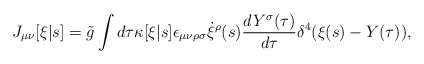
\begin{align*}J_{\mu\nu}[\xi|s] = \tilde{g}\int d\tau\kappa[\xi|s] \epsilon_{\mu\nu\rho\sigma} \dot{\xi}^\rho(s) \frac{d Y^\sigma(\tau)}{d\tau} \delta^4(\xi(s)-Y(\tau)),\end{align*}